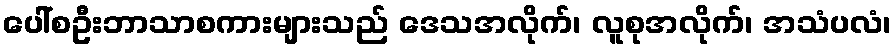
ပေါ်စဦးဘာသာစကားများသည် ဒေသအလိုက်၊ လူစုအလိုက်၊ အသံပလံ၊